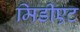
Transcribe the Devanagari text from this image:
मिडीएट